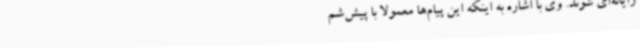
رایانه‌ای شوند. وی با اشاره به اینکه این پیام‌ها معمولا با پیش‌شم